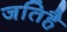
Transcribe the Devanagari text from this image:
जतिहै